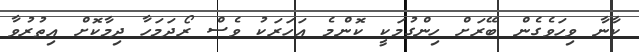
ކާނާ ވިހަވެގެން ބޭރަށް ހިންގުމަކީ ކޮންމެ އަހަރަކު ވެސް ރޯދަމަހާ ދިމާކޮށް އިތުރުވާ